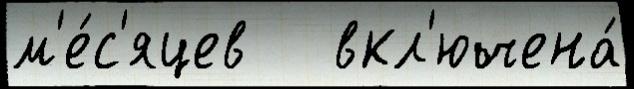
м'е́с'яцев   вкл'ючена́